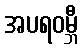
အပရဝမ္ဘီ